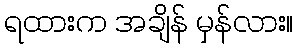
ရထားက အချိန် မှန်လား။